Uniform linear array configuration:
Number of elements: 4
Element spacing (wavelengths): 0.25
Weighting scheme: binomial
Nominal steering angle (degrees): -45
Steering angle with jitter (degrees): -44.797
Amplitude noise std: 0.05
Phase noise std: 0.05

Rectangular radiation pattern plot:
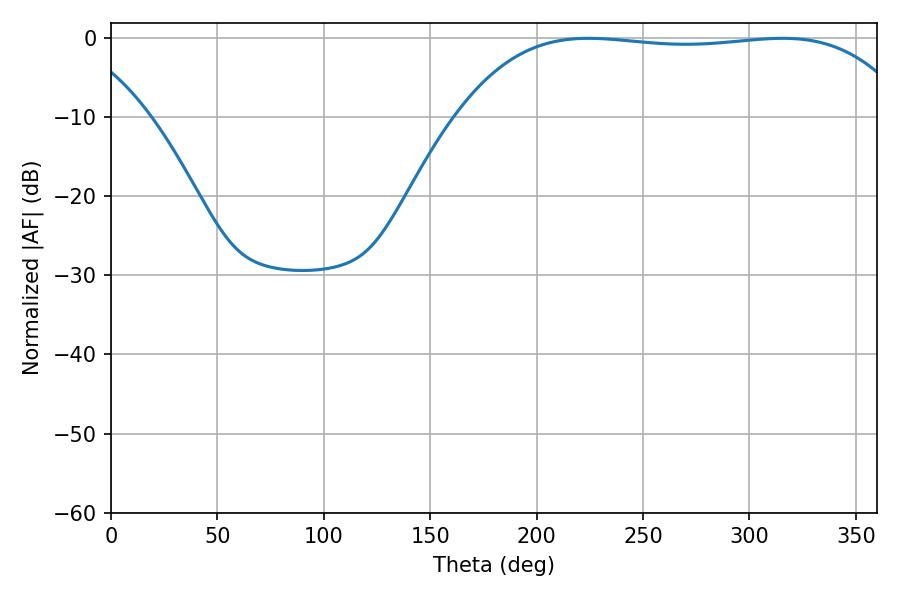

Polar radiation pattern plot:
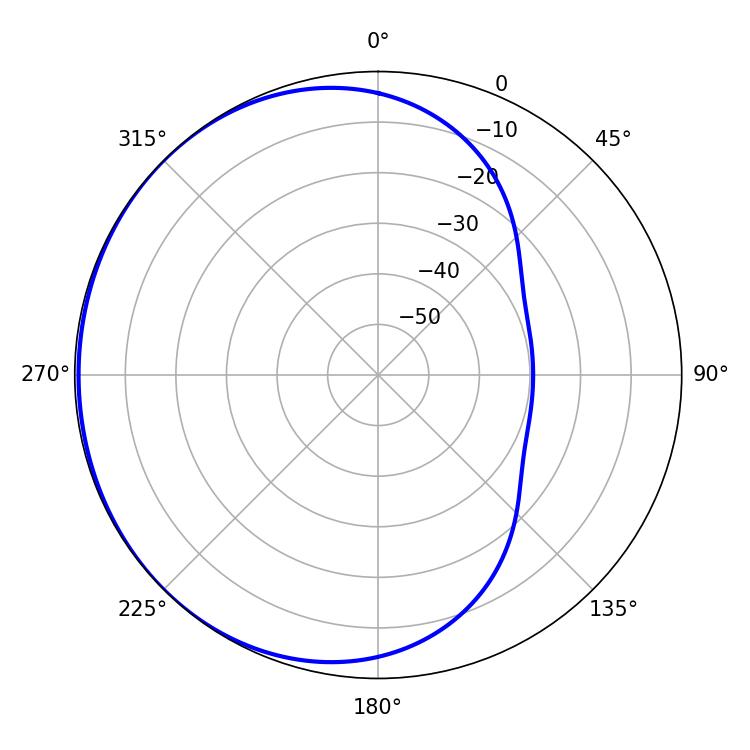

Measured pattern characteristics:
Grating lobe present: FALSE
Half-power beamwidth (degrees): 167.4
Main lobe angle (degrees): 224.46